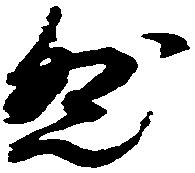
然